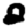
Digit: 2